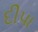
દીપા